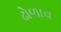
ઢોળાવ